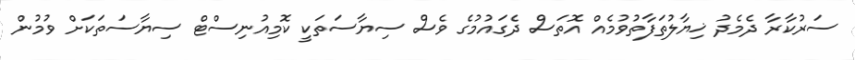
ސަރުކާރާ ދެމެދު ޚިޔާލުތަފާތުވުމެއް އޮތަސް ދެގައުމުގެ ވެސް ސިޔާސަތަކީ ކޮމިއުނިސްޓް ސިޔާސަތަކަށް ވުމުން